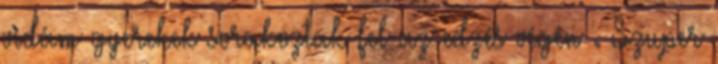
vidám gyerekek sorakoztak fel az edzés végén . Szuper